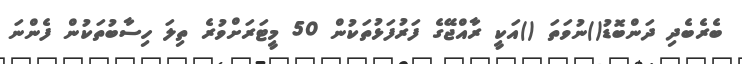
ބެރެބެދި ދަންބޮޑު()ނުވަތަ ()އަކީ ރާއްޖޭގެ ފަރުފަޅުތަކުން 50 މީޓަރަށްވުރެ ތިލަ ހިސާބުތަކުން ފެންނަ